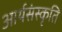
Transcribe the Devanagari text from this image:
आर्यसंस्कृति